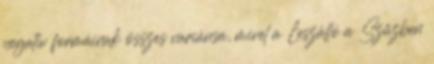
negatív formáinak összes variánsa, mivel a Leszálló a Szűzben